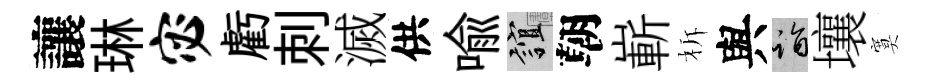
讓琳宓虧刺滅供喻誼朝嶄柝與诣壤寞